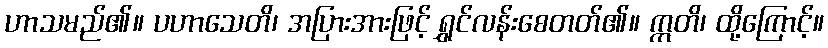
ဟာသမည်၏။ ပဟာသေတိ၊ အပြားအားဖြင့် ရွှင်လန်းစေတတ်၏။ ဣတိ၊ ထို့ကြောင့်။